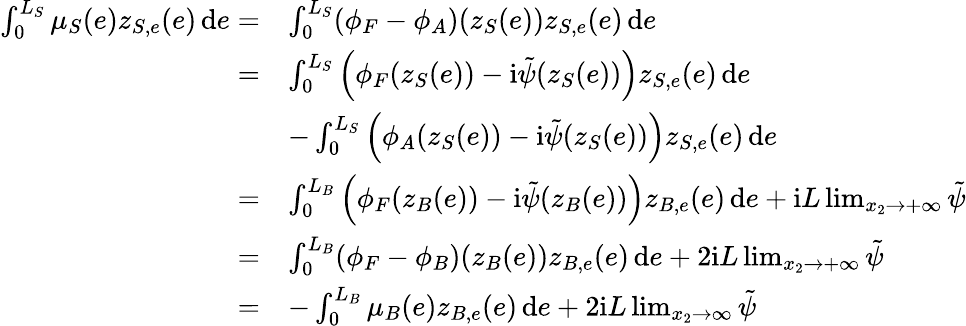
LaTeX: \begin{array}{rl}{\int_{0}^{L_{S}}\mu_{S}(e)z_{S,e}(e)\, \mathrm{d}e=}&{\int_{0}^{L_{S}}(\phi_{F}-\phi_{A})(z_{S}(e))z_{S,e}(e)\, \mathrm{d}e}\\ {=}&{\int_{0}^{L_{S}}\Big(\phi_{F}(z_{S}(e))-\mathrm{i}\tilde{\psi}(z_{S}(e))\Big)z_{S,e}(e)\, \mathrm{d}e}\\ &{-\int_{0}^{L_{S}}\Big(\phi_{A}(z_{S}(e))-\mathrm{i}\tilde{\psi}(z_{S}(e))\Big)z_{S,e}(e)\, \mathrm{d}e}\\ {=}&{\int_{0}^{L_{B}}\Big(\phi_{F}(z_{B}(e))-\mathrm{i}\tilde{\psi}(z_{B}(e))\Big)z_{B,e}(e)\, \mathrm{d}e+\mathrm{i}L\operatorname*{lim}_{x_{2}\to+\infty}\tilde{\psi}}\\ {=}&{\int_{0}^{L_{B}}(\phi_{F}-\phi_{B})(z_{B}(e))z_{B,e}(e)\, \mathrm{d}e+2\mathrm{i}L\operatorname*{lim}_{x_{2}\to+\infty}\tilde{\psi}}\\ {=}&{-\int_{0}^{L_{B}}\mu_{B}(e)z_{B,e}(e)\, \mathrm{d}e+2\mathrm{i}L\operatorname*{lim}_{x_{2}\to\infty}\tilde{\psi}}\end{array}